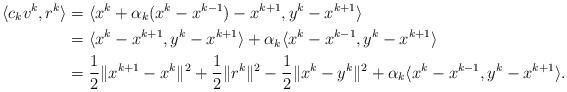
LaTeX: \begin{align*}\langle c_kv^k,r^k\rangle & =\langle x^k+\alpha_k(x^k-x^{k-1})-x^{k+1},y^k-x^{k+1}\rangle\\& =\langle x^k-x^{k+1},y^k-x^{k+1}\rangle+\alpha_k\langle x^k-x^{k-1},y^k-x^{k+1}\rangle\\& =\frac{1}{2}\|x^{k+1}-x^k\|^2+\frac{1}{2}\|r^k\|^2-\frac{1}{2}\|x^k-y^k\|^2+\alpha_k\langle x^k-x^{k-1},y^k-x^{k+1}\rangle.\end{align*}